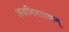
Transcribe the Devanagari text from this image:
अवनिनारणन्